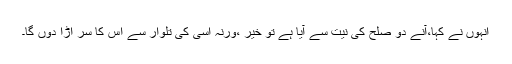
انہوں نے کہا،آنے دو صلح کی نیت سے آیا ہے تو خیر ،ورنہ اسی کی تلوار سے اس کا سر اُڑا دوں گا۔